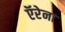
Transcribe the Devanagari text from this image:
ऍरेना